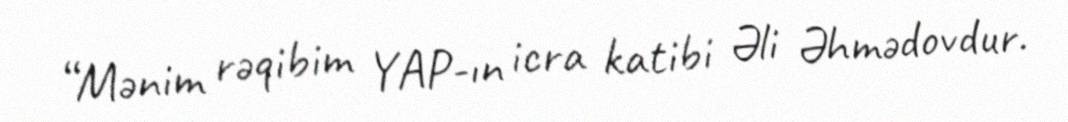
“Mənim rəqibim YAP-ın icra katibi Əli Əhmədovdur.